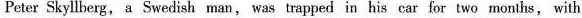
Peter Skyllberg, a Swedish man, was trapped in his car for two months, with